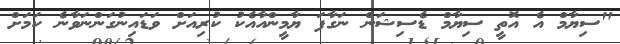
"ސިޔާމް އެ އޮތީ ސިޔާމް ޑެސިޝަން ނަގާފަ ޔާމީންއާއެކު ކުރިއަށް ވަޑައިނުގަންނަވާނެ ކަމަށް